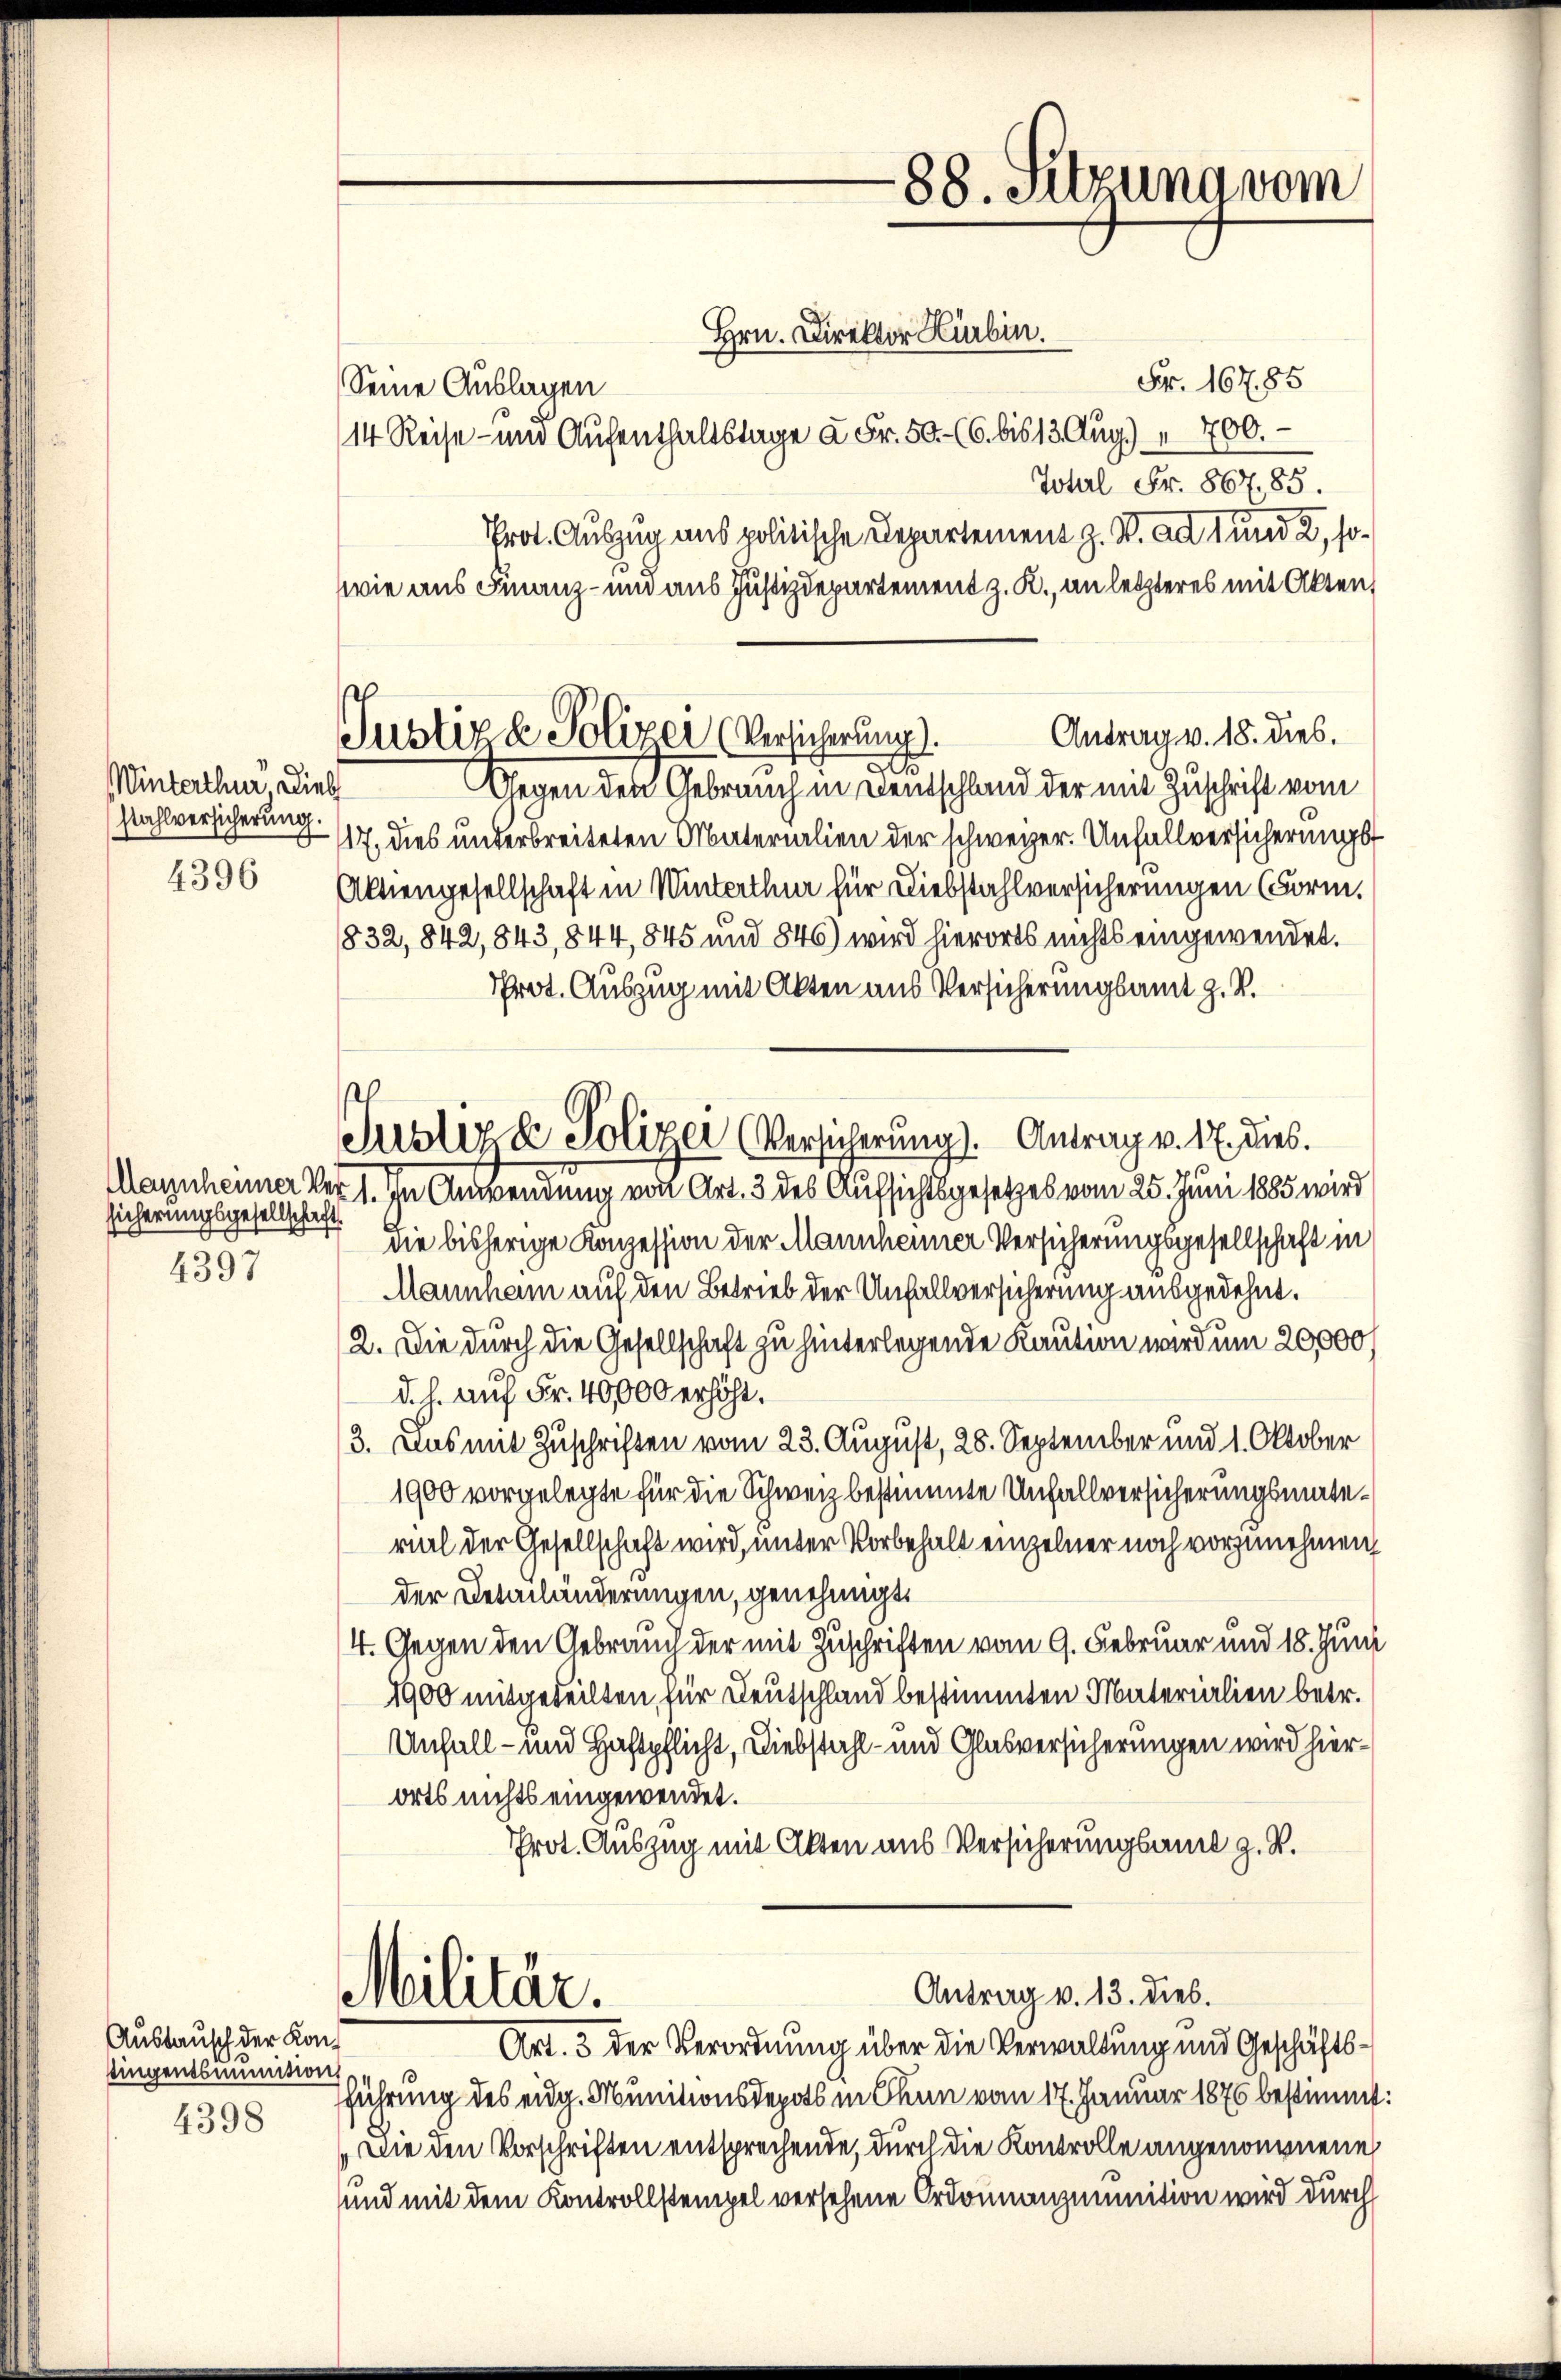
Winterthur, Diebs
stahlversicherung.
4396

sicherungsgesellschaft
7
4397

Austausch der Kantingentsumtion
4398

Fr. 16785
Seine Auslagen
14 Reise - und Aufenthaltstage à Fr. 50. (6. bis 13. Aug.) " 700.-
Total Fr. 867,85.
Prot. Auszug aus politische Departement z. B. ad 1 und 2, sowie aus Finanz- und aus Justizdepartement z. R., an letzteres mit Akten,
Antrag v. 18. dies.
Gegen den Gebrauch in Kentschland der mit Zuschrift vom
17. dies unterbreiteten Materialien der schweizer. Unfallversicherungs
Aktiengesellschaft in Winterthur für Diebstahlversicherungen (Form.
832, 842, 843, 844, 845 und 846) wird hierorts nichts eingewendet.
Prot. Auszug mit Akten aus Versicherungsamt z. B.
die bisherige Konzession der Mannheimer Versicherungsgesellschaft in
Mannham auf den Betrieb der Unfallversicherung ausgedehnt.
2. Die durch die Gesellschaft zu hinterlegende Kaution wird um 20,000/
d. h. auf Fr. 40000 erhöht.
3. Das mit Zuschriften vom 23. August, 28. September und 1. Oktober
1900 vorgelegte für die Schweiz bestimmte Unfallversicherungsmatevial der Gesellschaft wird, unter Vorbehalt einzelner noch vorzunehmen
der Detailänderungen, genehmigt.
4. Gegen den Gebrauch der mit Zuschriften vom 9. Februar und 18. Juni
1900 mitgeteilten für Deutschland bestimmten Materialien betr.
Unfall- und Haftpflicht, Diebstahl- und Glasversicherungen wird hierorts nichts eingewendet.
Prot. Auszug mit Akten aus Versicherungsamt z. B.
Antrag v. 13. dies.
Militär.
Art. 3 der Verordnung über die Verwaltung und Geschäftsführung des eidg. Munitionsdepots in Chun vom 17. Januar 1875 bestimmt:
Die den Vorschriften entsprechende, durch die Kontrolle angenommene
und mit dem Kontrollstempel versehene Ordonnanzmunition wird durch

Justiz & Polizei (Versicherung.
2

Justiz & Polizei (Versicherung). Antrag v. 17. dies.
Mazuheimer Vor 1. In Anwendung von Art. 3 des Aufsichtsgesetzes vom 25. Juni 1883 wird

88. Sitzung vom
Hrn. Direktor Kürbin.